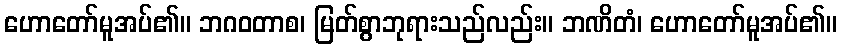
ဟောတော်မူအပ်၏။ ဘဂဝတာစ၊ မြတ်စွာဘုရားသည်လည်း။ ဘဏိတံ၊ ဟောတော်မူအပ်၏။